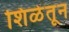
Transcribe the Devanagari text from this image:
शिळेतून